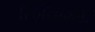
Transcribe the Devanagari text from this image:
रिठौराकलां